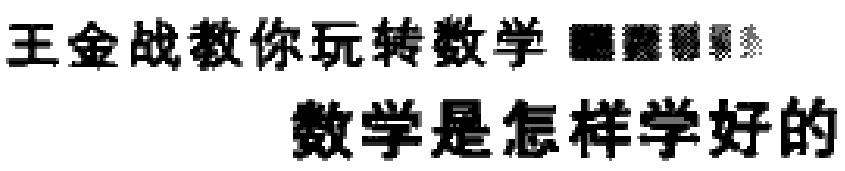
王金战教你玩转数学 数学是怎样学好的